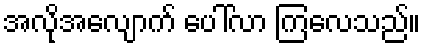
အလိုအလျောက် ပေါ်လာ ကြလေသည်။